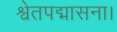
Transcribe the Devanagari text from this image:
श्वेतपद्मासना।